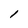
Character: 1